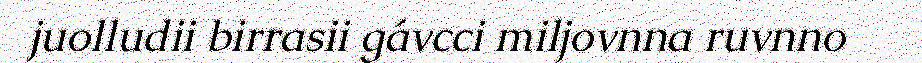
juolludii birrasii gávcci miljovnna ruvnno